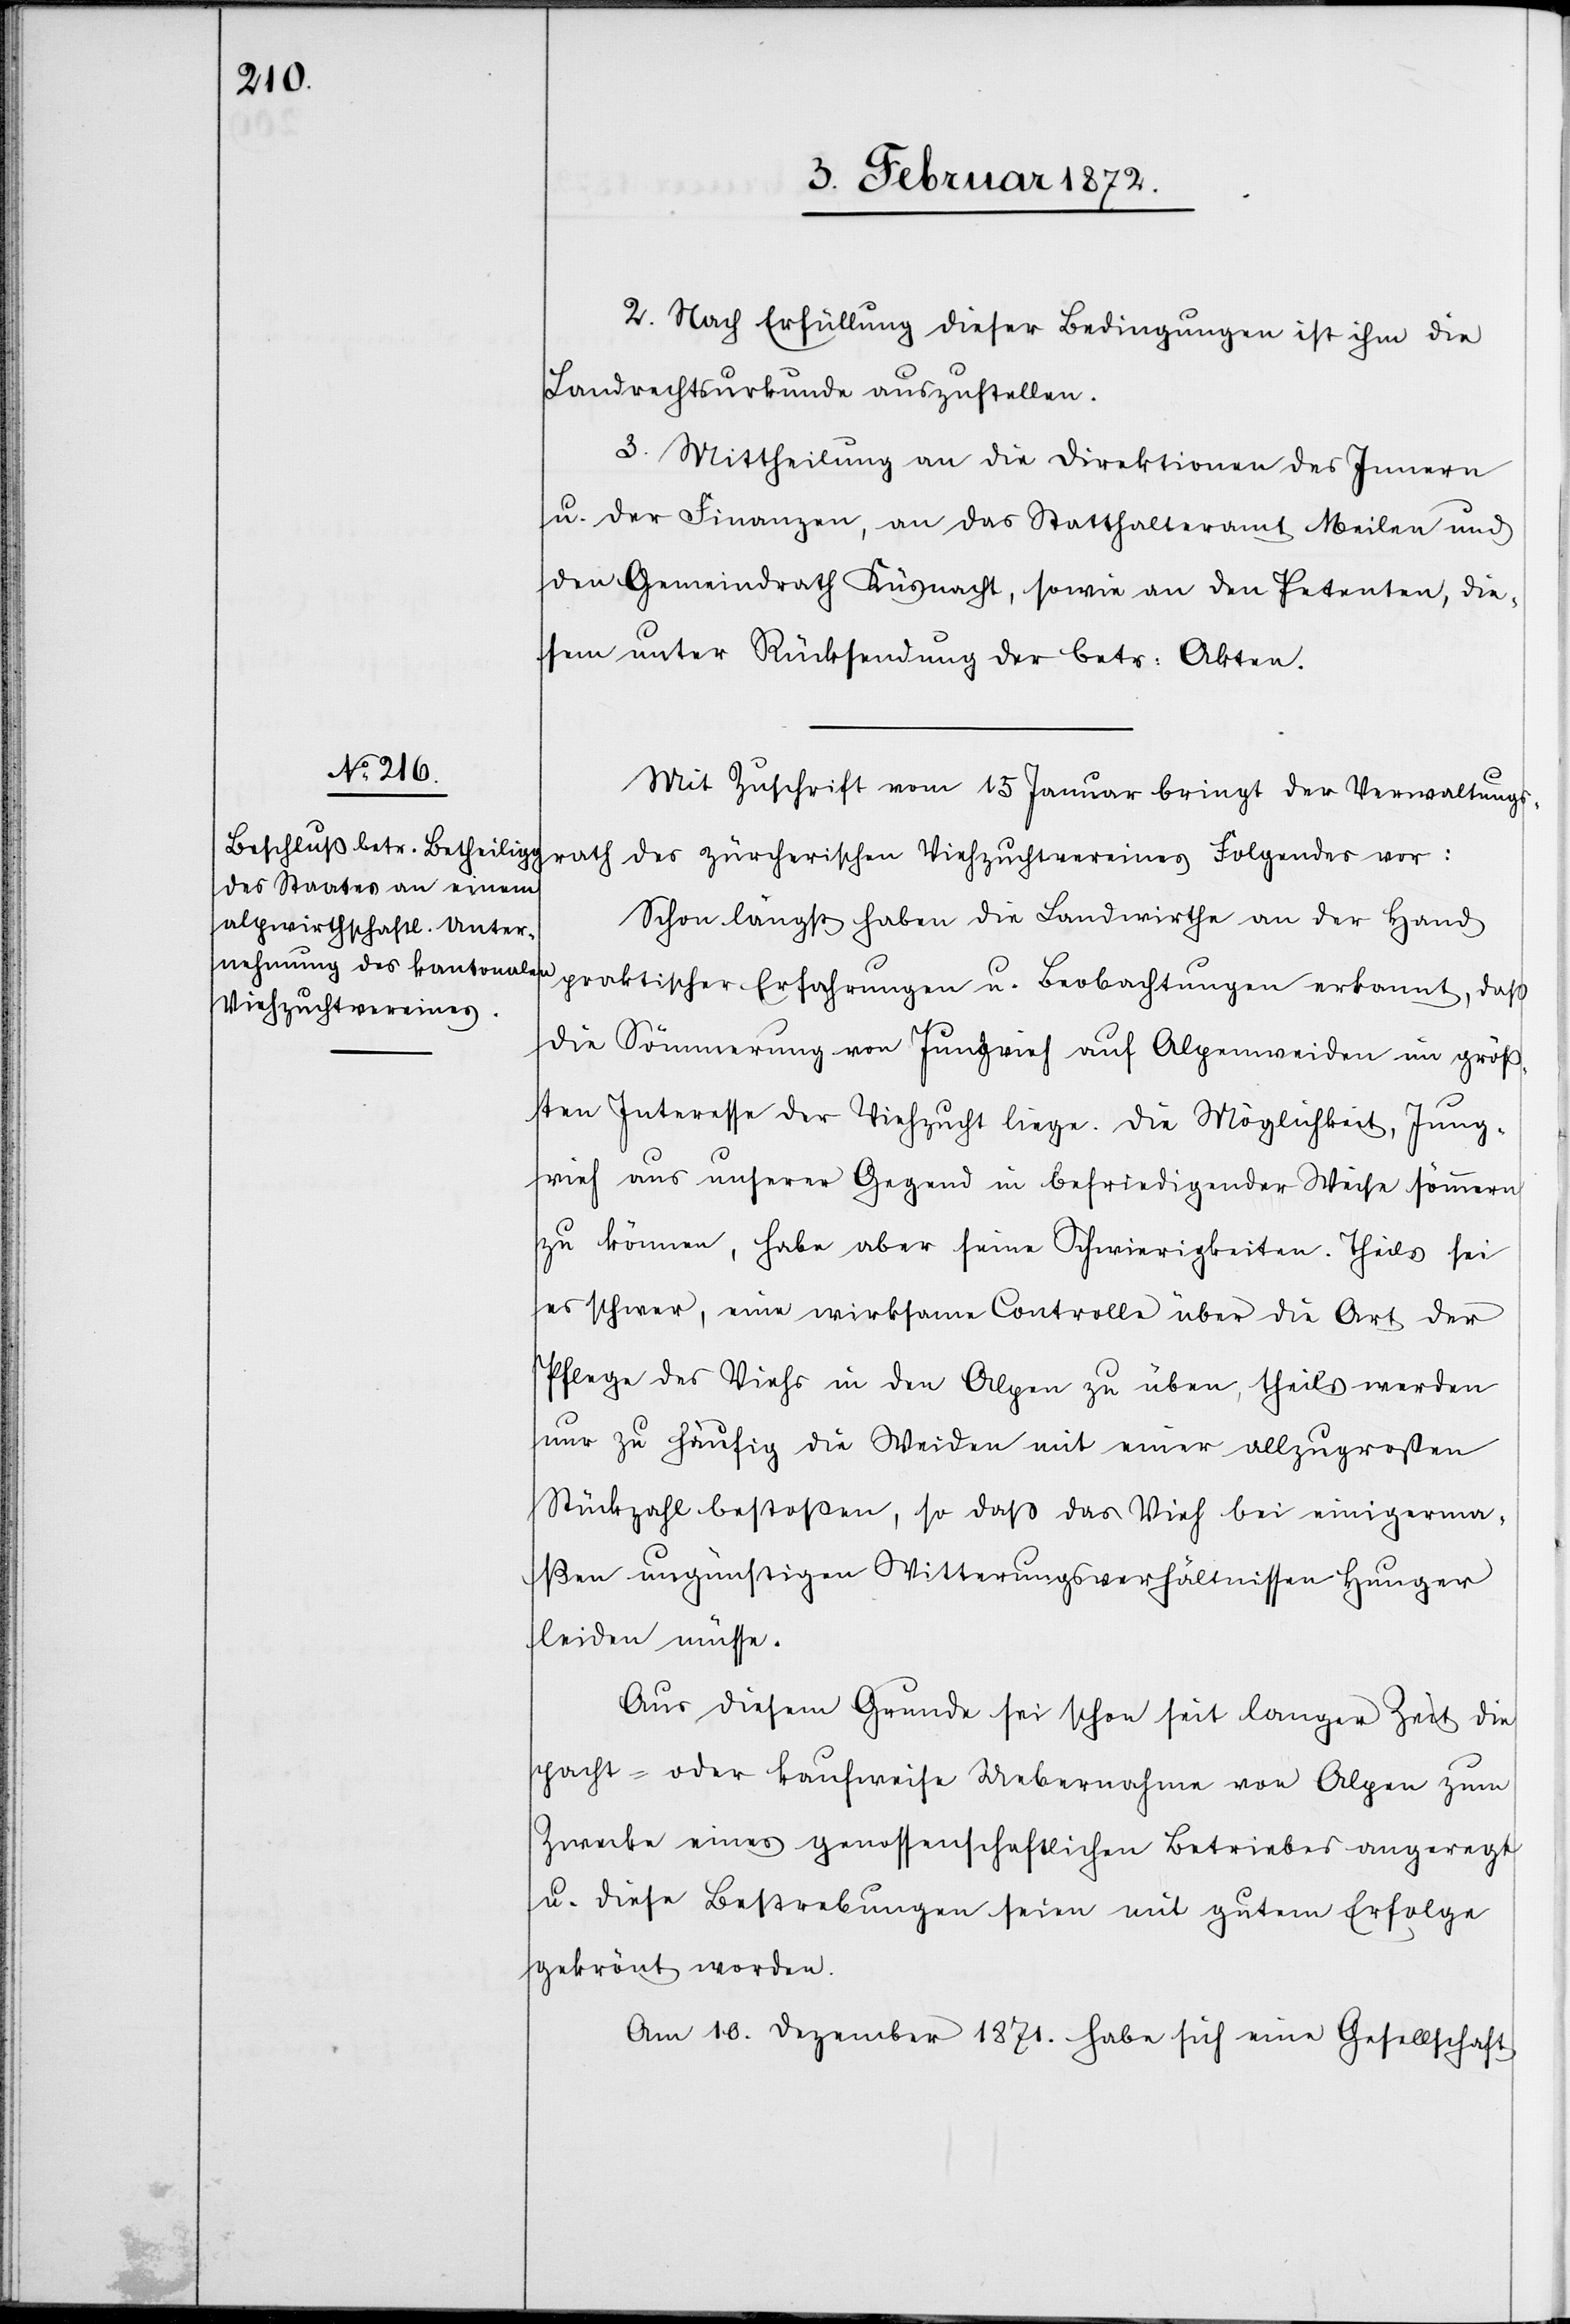
2. Nach Erfüllung dieser Bedingungen ist ihm die
Landrechtsurkunde auszustellen.
3. Mittheilung an die Direktion des Innern
u. der Finanzen, an das Statthalteramt Meilen und
den Gemeindrath Küsnacht, sowie an den Petenten, die¬
sem unter Rücksendung der betr. Akten.
Mit Zuschrift vom 15 Januar bringt der Verwaltungs¬
rath des zürcherischen Viehzuchtvereines Folgendes vor:
Schon längst haben die Landwirthe an der Hand
praktischer Erfahrungen u. Beobachtungen erkannt, daß
die Sömmerung von Jungvieh auf Alpenweiden im größ¬
ten Interesse der Viehzucht liege. Die Möglichkeit, Jung¬
vieh aus unserer Gegend in befriedigender Weise sömmern
zu können, habe aber seine Schwierigkeiten. Theils sei
es schwer, eine wirksame Controlle über die Art der
Pflege des Viehs in den Alpen zu üben, theils werden
nur zu häufig die Weiden mit einer allzu großen
Stückzahl bestoßen, so daß das Vieh bei einigerma¬
ßen ungünstigen Witterungsverhältnissen Hunger
leiden müsse.
Aus diesem Grunde sei schon seit langer Zeit die
pacht- oder kaufweise Uebernahme von Alpen zum
Zwecke eines genossenschaftlichen Betriebes angeregt
u. diese Bestrebungen seien mit gutem Erfolge
gekrönt worden.
Am 10. Dezember 1871. habe sich eine Gesellschaft